Tezpur Lunatic Asylum reports 1877-1894 - 1877-1894
Year: 1877
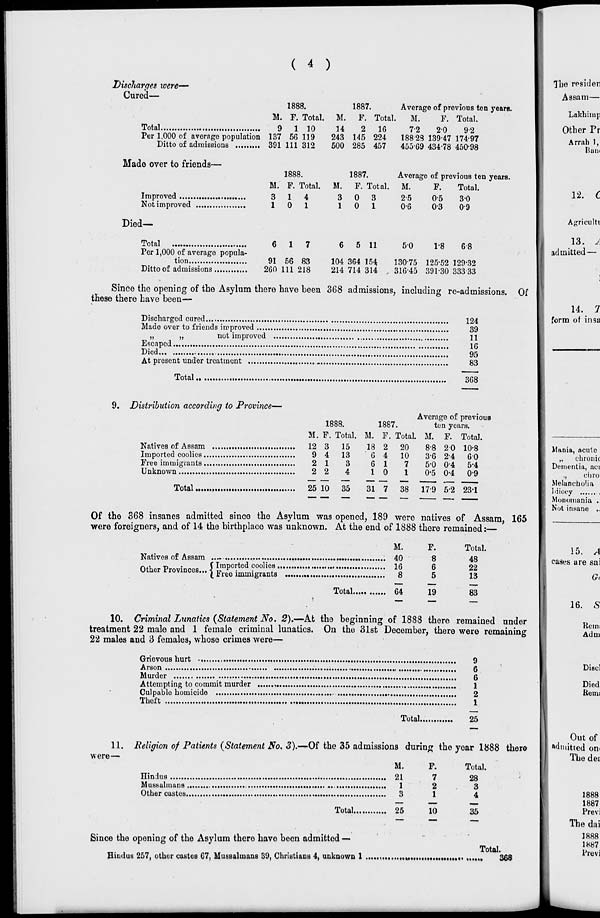
( 4 )
Discharges were—
Cured—
1888.
M. F. Total.
Total
9 1 10
Per 1.000 of average population 137 56 119
Ditto of admissions
391 111 312
Made over to friends—
Improved
Not improved
M.
3
1
1888.
F. Total.
1
4
0
1
Died—
Total
Per 1,000 of average popula-
tion
Ditto of admissions
91 56 83
260 111 218
1887.
M. P. Total.
14
2
16
243 145 224
500 285 457
Average of previous ten years.
M.
F. Total.
7-2
2*0
92
18828 13947 174-97
455-69 434-78 450-98
M.
3
1
1887.
F. Total.
0 3
Average of previous ten years.
6 5 11
104 364 154
214 714 314
M.
25
0-6
5-0
F.
0-5
0-3
Total.
3-0
09
1-8
68
130-75 125-52 129-32
316-45 391-30 33333
Since the opening of the Asylum there have been 368 admissions, including re-admissions. Of
these there have been—
Discharged cured
Made over to friends improved
„
„
not improved
Escaped,
Died
,
At present under treatment
Total
124
39
11
16
95
83
368
9. Distribution according to Province—
M.
Natives of Assam
12
Imported coolies
9
Free immigrants
2
Unknown
1888.
Average of previous
1887.
ten years.
F. Total. M. F. Total. M. F. Total.
3 15
4 13
1
3
2
4
18 2 20
8-8 20 10-8
0 4
10
3-6 2-4 60
6 1
7
5-0 0-4
5-4
10
1
0-5 0-4 0-9
Total
25 10 35
31 7 38
179 52 23-1
Of the 368 insanes admitted since the Asylum was opened, 189 were natives of Assam 165
were foreigners, and of 14 the birthplace was unknown. At the end of 1888 there remained:
'
M.
Natives of Assam ....
40
Other Provinces J Imported OOOIIM
16
(In
ee immigrants
Total.
8
64
F.
8
6
5
19
Total.
48
22
13
83
10. Criminal Lunatics {Statement No. 2).—At the beginning of 1888 there remained under
treatment 22 male and 1 female criminal lunatics. On the 31st December, there were remaining
22 males and 3 females, whose crimes were—
Grievous hurt
Arson
Murder
Attempting to commit murder
Culpable homicide
Theft
Total.
9
6
6
1
2
1
25
11. Religion of Patients (Statement No, 3).—Of the 35 admissions during the year 1888 there
were—
M.
Hindus
21
Mussulmans
1
Other castes
3
F.
Total.
7
2
1
28
3
4
Total.
25
10
35
Since the opening of the Asylum thero have been admittod —
Hindus 257, other castes 67, Mussulmans 39, Christians 4, unknown 1
Total.
368